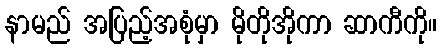
နာမည် အပြည့်အစုံမှာ မိုတိုအိုကာ ဆာကီကို။